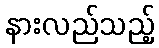
နားလည်သည့်